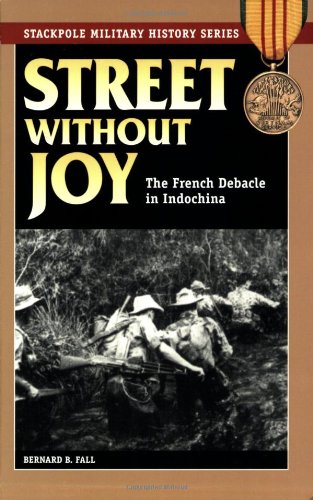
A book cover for Street Without Joy: The French Debacle in Indochina (Stackpole Military History Series); Bernard B. Fall; History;